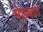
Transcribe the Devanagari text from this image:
भेड़घाट